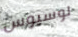
لوسيوس